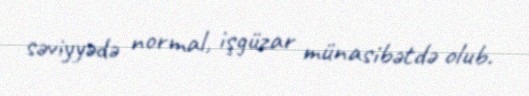
səviyyədə normal, işgüzar münasibətdə olub.